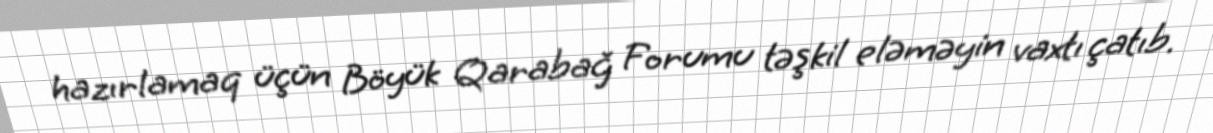
hazırlamaq üçün Böyük Qarabağ Forumu təşkil eləməyin vaxtı çatıb.